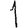
Digit: 1